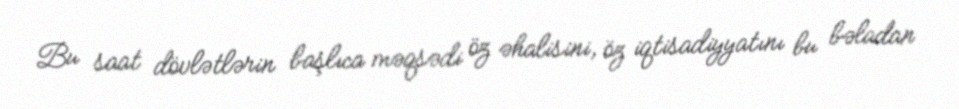
Bu saat dövlətlərin başlıca məqsədi öz əhalisini, öz iqtisadiyyatını bu bəladan